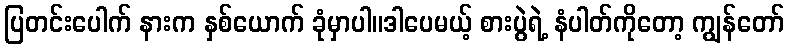
ပြတင်းပေါက် နားက နှစ်ယောက် ခုံမှာပါ။ဒါပေမယ့် စားပွဲရဲ့ နံပါတ်ကိုတော့ ကျွန်တော်